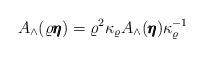
LaTeX: \begin{align*}A_\wedge(\varrho\pmb\eta) = \varrho^2 \kappa_{\varrho}A_\wedge(\pmb\eta)\kappa_{\varrho}^{-1}\end{align*}